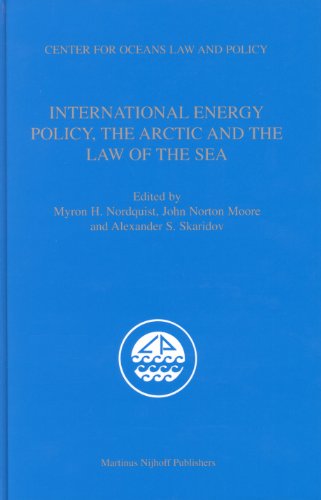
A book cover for International Energy Policy, the Arctic and the Law of the Sea (Center for Oceans Law and Policy); Myron H. Nordquist; Law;